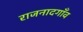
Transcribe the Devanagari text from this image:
राजनादगाँव